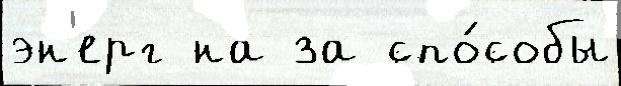
эн'ерг на за спо́собы